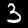
Label: 3